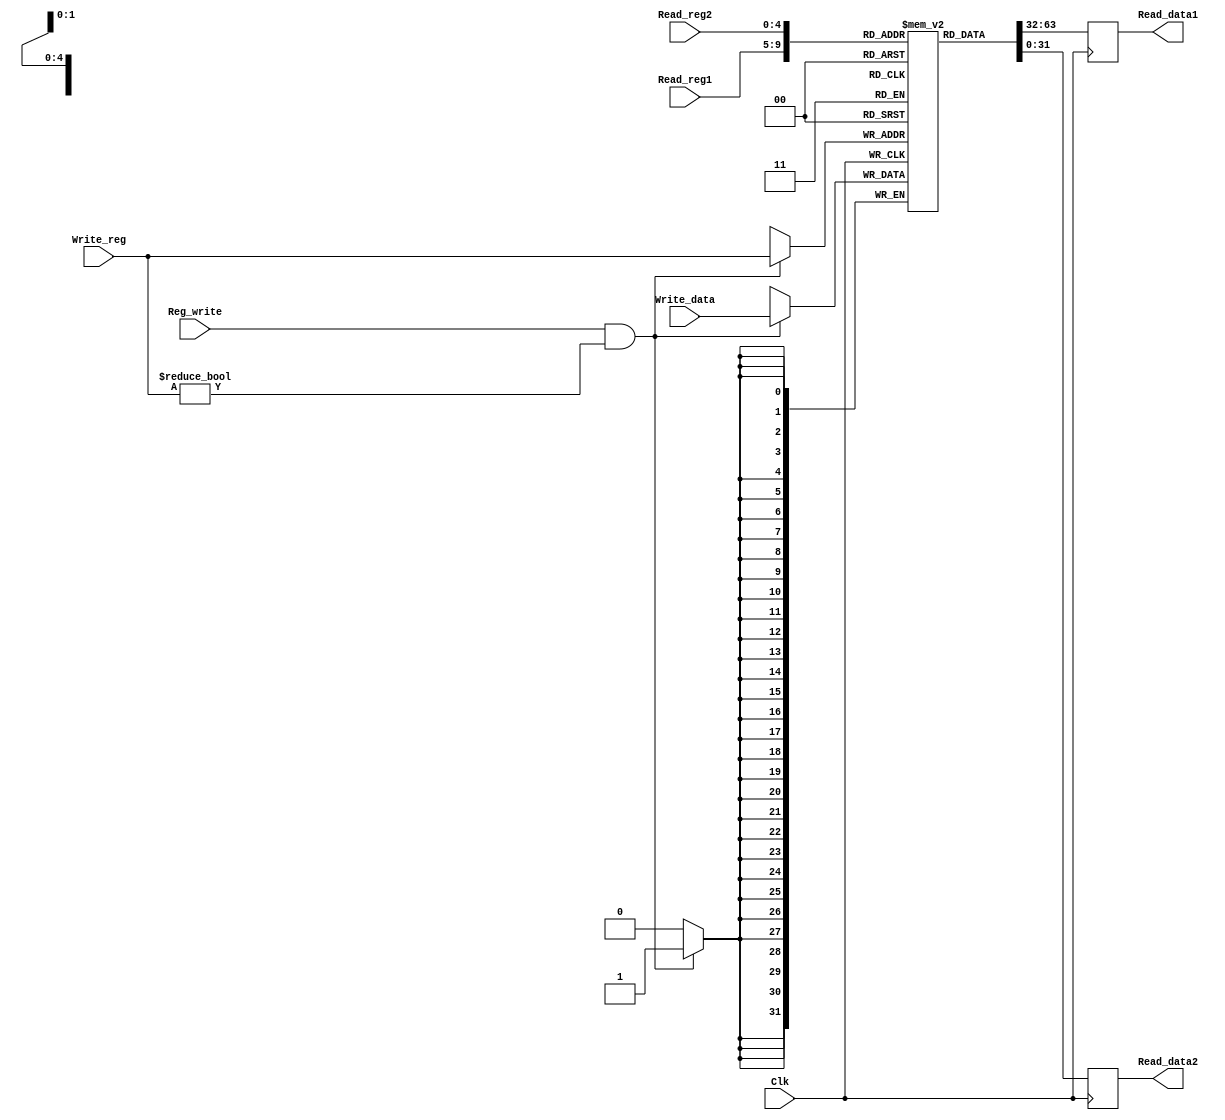

module REG (Read_data1, Read_data2, Read_reg1, Read_reg2, Reg_write, Write_reg, Write_data, Clk); 
	
	input [4:0] Read_reg1, Read_reg2, Write_reg;
	input [31:0] Write_data;
	input Clk, Reg_write;
	output reg [31:0] Read_data1, Read_data2; 
	
	reg [31:0] register[31:0];
	reg [31:0] for_write_data;
	
	  
	
	initial
	 register[0] = 0;
	
	
	//assign Read_data1 = register[Read_reg1];
	//assign Read_data2 = register[Read_reg2];
	
	always @(posedge Clk)
	begin 
		Read_data1 = register[Read_reg1];
		Read_data2 = register[Read_reg2];
		if (Reg_write && Write_reg != 5'b00000)
			begin
				//for_write_data <=  Write_data;
				#5 register[Write_reg] <= /*for_*/Write_data;
			end
			
	end	
	
	
endmodule

module REG_tb;
	 
	
	reg [4:0] read_reg1, read_reg2, write_reg;
	reg [31:0] write_data;
	reg clk, reg_write;
	wire [31:0] read_data1, read_data2; 
	
	REG for_tb(read_data1, read_data2, read_reg1, read_reg2, reg_write, write_reg, write_data, clk);
	
	initial
		begin
			clk=0;
			reg_write=1;
			read_reg1=5'b00000;
			read_reg2=5'b00000;
			write_reg=5'b01100;
			write_data=32'h0000c0a0;
			
			#24 read_reg1=5'b00000;
				read_reg2=5'b01100;
				write_reg=5'b00010;
				write_data=32'h0000000a;
			
			#24 reg_write= 0;
				read_reg1=5'b01100;
				read_reg2=5'b00010;
				write_reg=5'b10000;
				write_data=32'h00a5d604;
				
			#24 read_reg1=5'b00000;
				read_reg2=5'b10000;
			
			
			
		end
		
	always
		#10 clk=!clk;
		
	initial
		#80 $finish;

	
endmodule